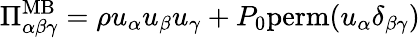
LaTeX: \Pi_{\alpha\beta\gamma}^{\mathrm{MB}}=\rho u_{\alpha}u_{\beta}u_{\gamma}+P_{0}\mathrm{perm}(u_{\alpha}\delta_{\beta\gamma})